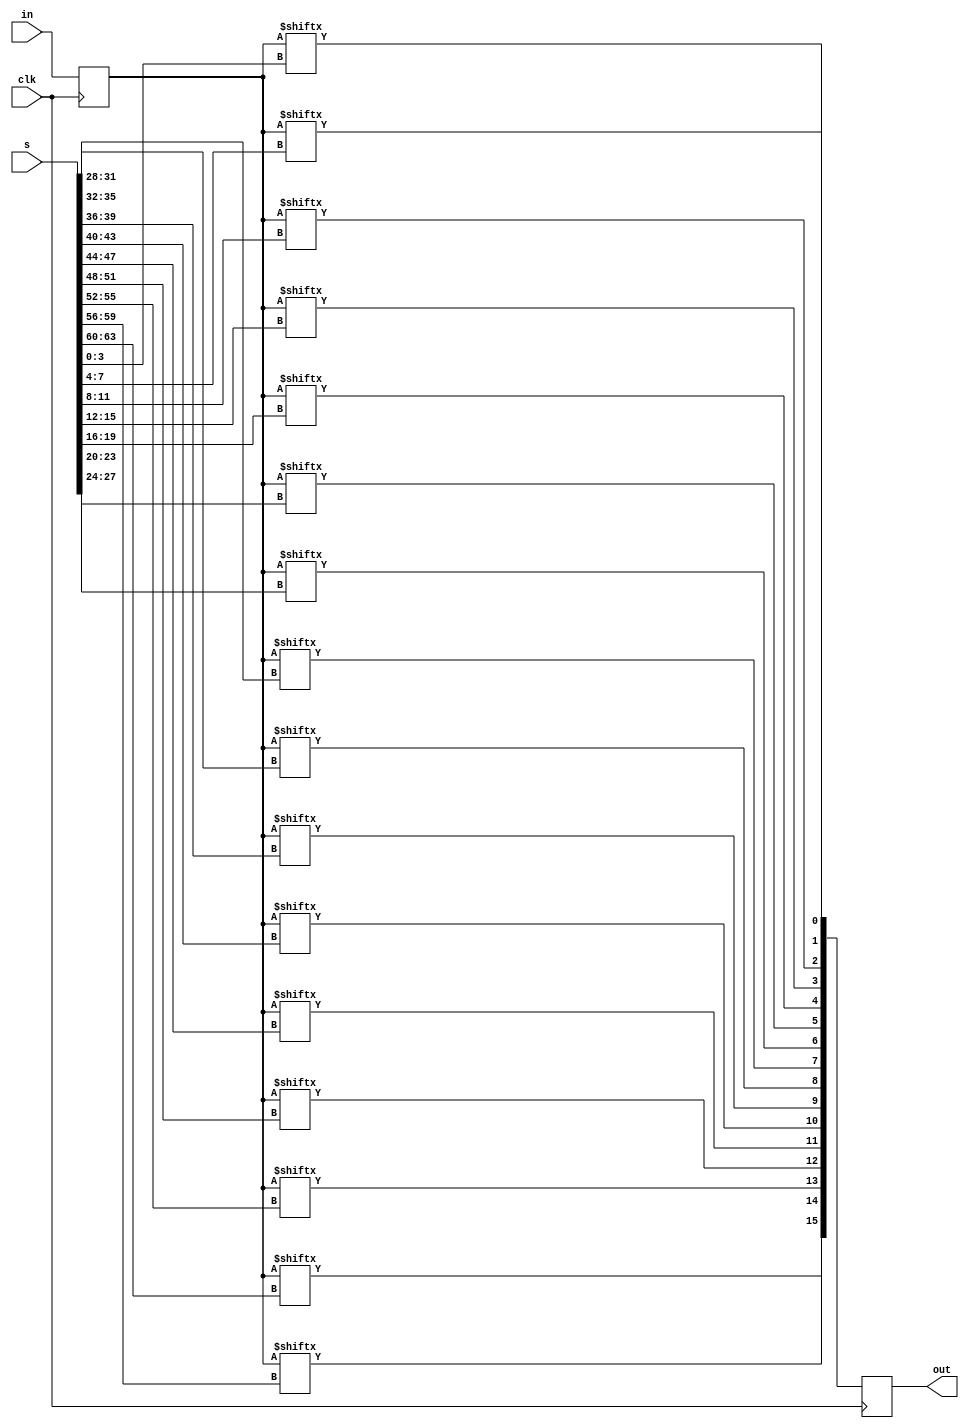

// Simple 16x16 crossbar
//
// Mike Hutton, Altera Corp.
//

module xbar_16x16(in,out,s,clk);
    input [15:0] in;			// 16-bit input bus
    input [63:0] s;				// 16 select signals by 4-bit
    input clk;
    output [15:0] out;			// 16-bit output bus
    reg [15:0] out;				
    integer k;

    reg [15:0] inreg;
 
    always@ (posedge clk)
    begin
	  inreg <= in;
        for (k = 0; k < 16; k = k+1)
        begin
            out[k] <= inreg[{s[4*k+3],s[4*k+2],s[4*k+1],s[4*k]}];
        end
    end
endmodule